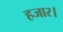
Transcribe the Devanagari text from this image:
हजार।